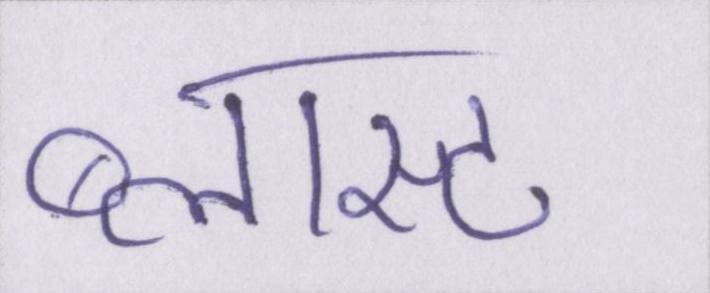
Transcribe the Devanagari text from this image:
ब्लास्ट